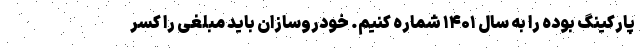
پارکینگ بوده را به سال ۱۴۰۱ شماره کنیم. خودروسازان باید مبلغی را کسر